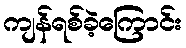
ကျန်ရစ်ခဲ့ကြောင်း